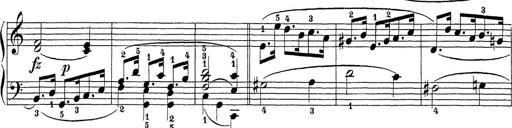
Title: Sonatina Album
Composer: Louis KÃ¶hler